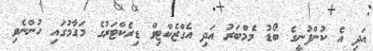
އަދި އެ ކުންފުނީގެ ބޯޑު މެމްބަރު އަދި އެގްޒެކްޓިވް ޑިރެކްޓަރުގެ މަގާމުގައި ހުންނެވި